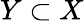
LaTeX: Y\subset X